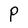
Character: P